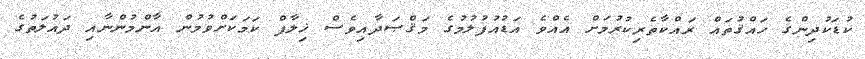
ކުޑަކުދިންގެ ހައްޤުތައް ރައްކާތެރިކުރުމަށް އެއްވެ އަޑުއުފުލުމުގެ މަޤްޞަދާއިވެސް ޚިލާފް ކަމަކަށްވުމުން އާންމުންނާއި ދައުލަތުގެ